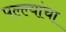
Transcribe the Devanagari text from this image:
पल्ल्यांचा